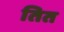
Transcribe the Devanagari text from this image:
तित